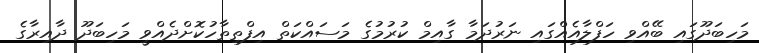
މަހިބަދޫގައި ބޭއްވި ހަފްލާއެއްގައި ނަރުދަމާ ގާއިމް ކުރުމުގެ މަސައްކަތް އިފްތިތާހުކޮށްދެއްވީ މަހިބަދޫ ދާއިރާގެ